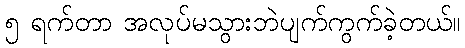
၅ ရက်တာ အလုပ်မသွားဘဲပျက်ကွက်ခဲ့တယ်။